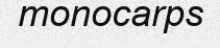
monocarps